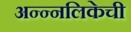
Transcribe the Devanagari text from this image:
अन्न्नलिकेची